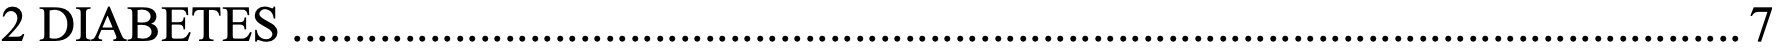
2 DIABETES .................................................................................................................... 7